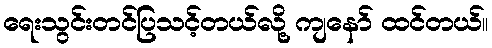
ရေးသွင်းတင်ပြသင့်တယ်လို့ ကျနော် ထင်တယ်။